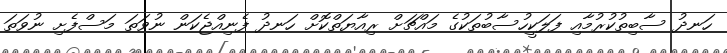
ހަނދު ސާބިތުކުރުމާއި ފަލަކީހުސާބުތަކުގެ މައްޗަށް ރިއާޔަތްކޮށް ހަނދު ފެނިއްޖެކަން ނުވަތަ މަސްފެށި ނުވަތަ